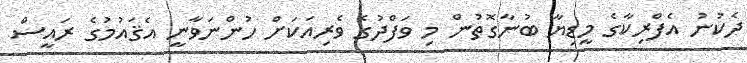
ދެކުނު އެފްރިކާގެ މީޑިޔާ ބުނާގޮތުން މި ވަފްދުގެ ވެރިއަކަށް ހުންނަވާނީ އެޤައުމުގެ ރައީސް